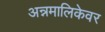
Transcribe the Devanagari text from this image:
अन्नमालिकेवर